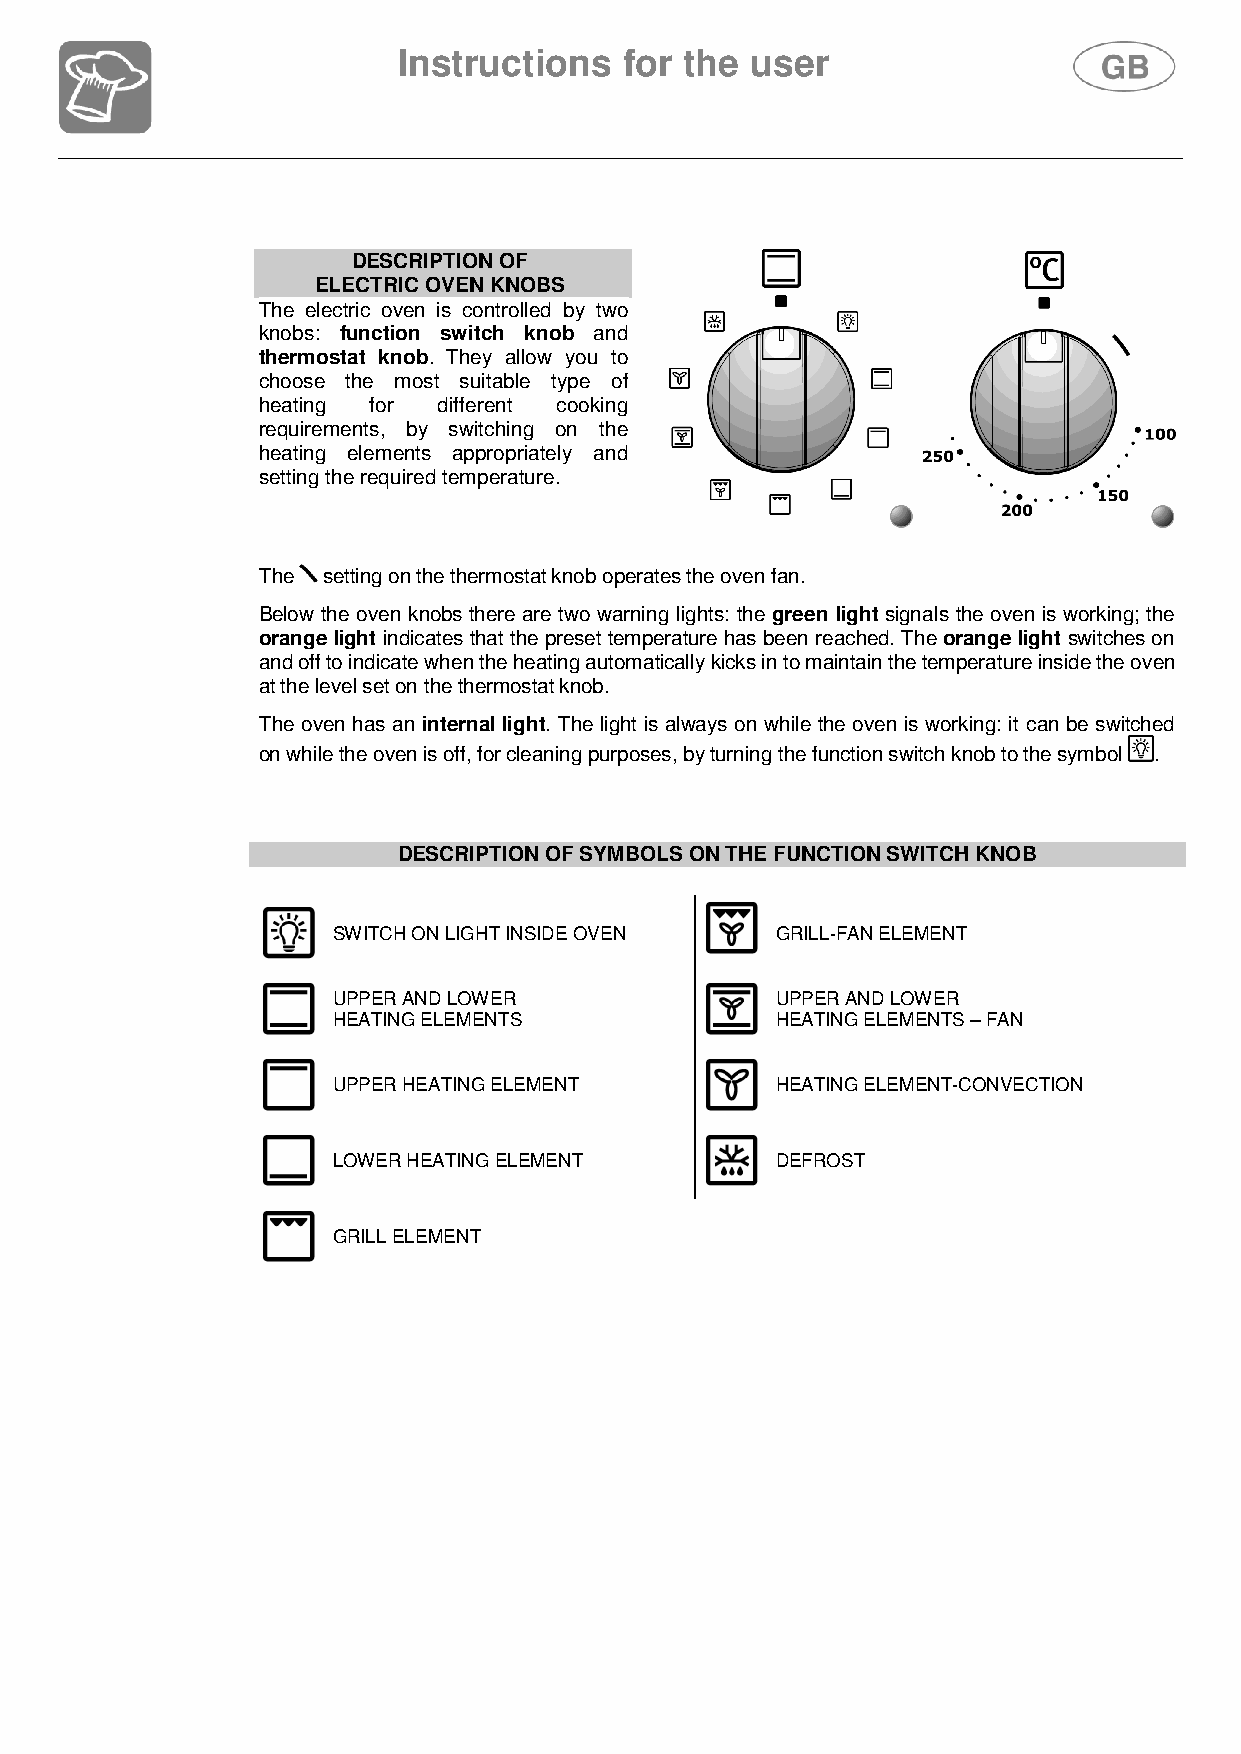
Instructions   for the  user
 DESCRIPTION OF
 ELECTRIC OVEN KNOBS
 The electric oven is controlled by two
 knobs: function switch knob and
 thermostat knob. They allow you to
 choose the most suitable type of
 heating for different cooking
 requirements, by switching on the
 heating elements appropriately and
 setting the required temperature.
 The setting on the thermostat knob operates the oven fan.
 Below the oven knobs there are two warning lights: the green light signals the oven is working; the
 orange light indicates that the preset temperature has been reached. The orange light switches on
 and off to indicate when the heating automatically kicks in to maintain the temperature inside the oven
 at the level set on the thermostat knob.
 The oven has an internal light. The light is always on while the oven is working: it can be switched
 on while the oven is off, for cleaning purposes, by turning the function switch knob to the symbol .
 DESCRIPTION OF SYMBOLS ON THE FUNCTION SWITCH KNOB
 SWITCH ON LIGHT INSIDE OVEN  GRILL-FAN ELEMENT
 UPPER AND LOWER              UPPER AND LOWER
 HEATING ELEMENTS             HEATING ELEMENTS – FAN
 UPPER HEATING ELEMENT        HEATING ELEMENT-CONVECTION
 LOWER HEATING ELEMENT        DEFROST
 GRILL ELEMENT
 81